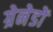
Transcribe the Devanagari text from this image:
ग्रेनेडों